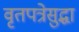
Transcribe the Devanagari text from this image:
वृतपत्रेसुद्धा